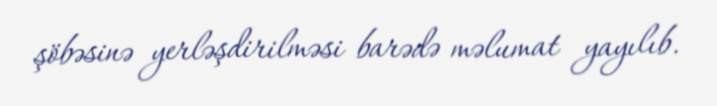
şöbəsinə yerləşdirilməsi barədə məlumat yayılıb.